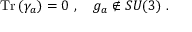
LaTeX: \mathrm { T r } \left( \gamma _ { a } \right) = 0 ~ , ~ ~ ~ g _ { a } \not \in S U ( 3 ) ~ .